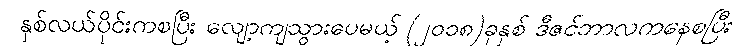
နှစ်လယ်ပိုင်းကစပြီး လျော့ကျသွားပေမယ့် (၂၀၁၈)ခုနှစ် ဒီဇင်ဘာလကနေစပြီး